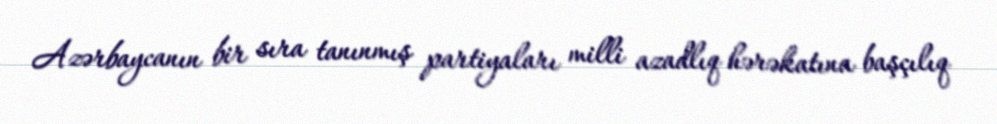
Azərbaycanın bir sıra tanınmış partiyaları milli azadlıq hərəkatına başçılıq